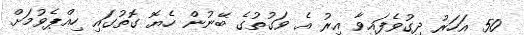
50 އަހަރު ދިގުވެފައިވާ އިރު އެ ވަގުތުގެ ބޭނުން ހެޔޮ ގޮތުގައި ހިއްޕެވުމަށް